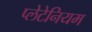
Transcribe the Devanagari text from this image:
प्लेटेनियम